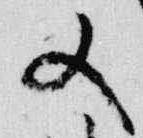
又